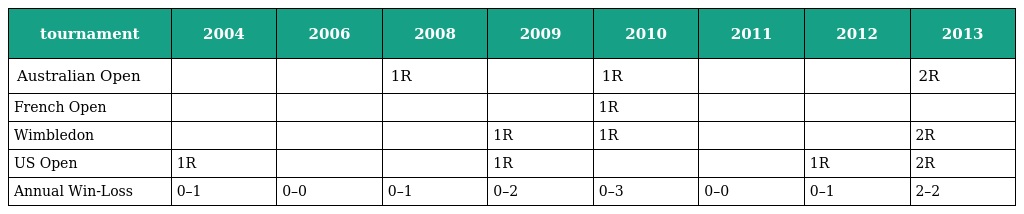
| tournament | 2004 | 2006 | 2008 | 2009 | 2010 | 2011 | 2012 | 2013 |
 | --- | --- | --- | --- | --- | --- | --- | --- | --- |
 | Australian Open |  |  | 1R |  | 1R |  |  | 2R |
 | French Open |  |  |  |  | 1R |  |  |  |
 | Wimbledon |  |  |  | 1R | 1R |  |  | 2R |
 | US Open | 1R |  |  | 1R |  |  | 1R | 2R |
 | Annual Win-Loss | 0–1 | 0–0 | 0–1 | 0–2 | 0–3 | 0–0 | 0–1 | 2–2 |